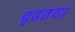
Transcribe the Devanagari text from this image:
दृढतया